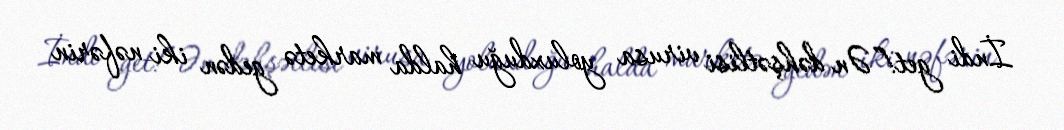
İndi get!”Ən dəhşətlisi virusa yoluxduğu halda marketə gedən iki nəfərin